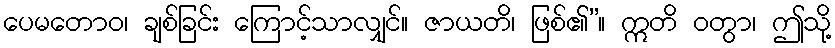
ပေမတောဝ၊ ချစ်ခြင်း ကြောင့်သာလျှင်။ ဇာယတိ၊ ဖြစ်၏”။ ဣတိ ဝတွာ၊ ဤသို့